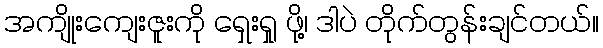
အကျိုးကျေးဇူးကို ရှေးရှု ဖို့၊ ဒါပဲ တိုက်တွန်းချင်တယ်။